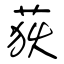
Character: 荻